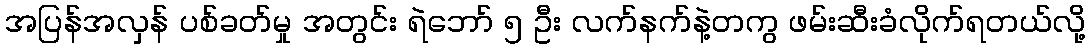
အပြန်အလှန် ပစ်ခတ်မှု အတွင်း ရဲဘော် ၅ ဦး လက်နက်နဲ့တကွ ဖမ်းဆီးခံလိုက်ရတယ်လို့